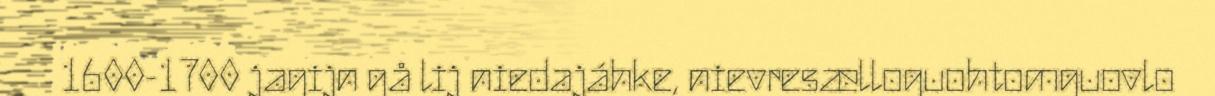
1600-1700 jagijn gå lij niedajáhke, nievresælloguohtomguovlo